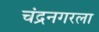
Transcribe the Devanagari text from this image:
चंद्रनगरला